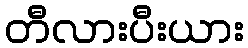
တီလားပီးယား